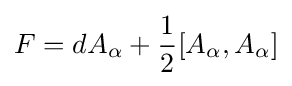
F=dA_{\alpha }+{\frac {1}{2}}[A_{\alpha },A_{\alpha }]